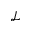
\mathcal { L }